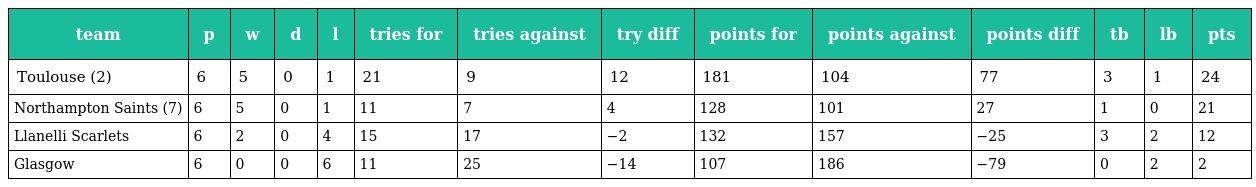
| team | p | w | d | l | tries for | tries against | try diff | points for | points against | points diff | tb | lb | pts |
 | --- | --- | --- | --- | --- | --- | --- | --- | --- | --- | --- | --- | --- | --- |
 | Toulouse (2) | 6 | 5 | 0 | 1 | 21 | 9 | 12 | 181 | 104 | 77 | 3 | 1 | 24 |
 | Northampton Saints (7) | 6 | 5 | 0 | 1 | 11 | 7 | 4 | 128 | 101 | 27 | 1 | 0 | 21 |
 | Llanelli Scarlets | 6 | 2 | 0 | 4 | 15 | 17 | −2 | 132 | 157 | −25 | 3 | 2 | 12 |
 | Glasgow | 6 | 0 | 0 | 6 | 11 | 25 | −14 | 107 | 186 | −79 | 0 | 2 | 2 |